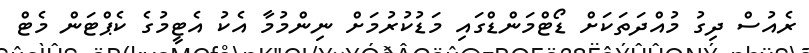
ރެެއުސް ދިގު މުއްދަތަކަށް ޑޯޓްމަންޑްގައި މަޑުކުރުމަށް ނިންމުމާ އެކު އެޓީމުގެ ކެޕްޓަން މެޓް